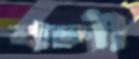
বলী